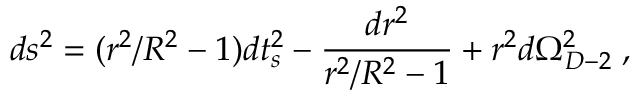
d s ^ { 2 } = ( r ^ { 2 } / R ^ { 2 } - 1 ) d t _ { s } ^ { 2 } - { \frac { d r ^ { 2 } } { r ^ { 2 } / R ^ { 2 } - 1 } } + r ^ { 2 } d \Omega _ { D - 2 } ^ { 2 } \; ,